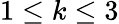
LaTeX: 1\leq k\leq 3